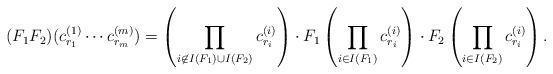
LaTeX: \begin{align*}(F_1F_2)(c_{r_1}^{(1)} \cdots c_{r_m}^{(m)}) = \left(\prod_{i \not\in I(F_1) \cup I(F_2)} c_{r_i}^{(i)}\right)\cdot F_1\left( \prod_{i\in I(F_1)} c_{r_i}^{(i)}\right)\cdot F_2\left( \prod_{i\in I(F_2)} c_{r_i}^{(i)}\right).\end{align*}